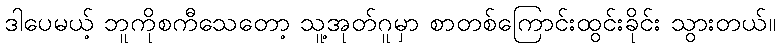
ဒါပေမယ့် ဘူကိုစကီသေတော့ သူ့အုတ်ဂူမှာ စာတစ်ကြောင်းထွင်းခိုင်း သွားတယ်။